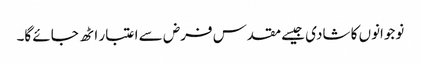
نوجوانوں کا شادی جیسے مقدس فرض سے اعتبار اٹھ جائے گا۔